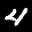
Label: 4